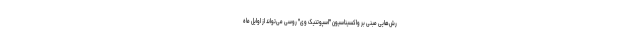
رش‌هایی مبنی بر واکسیناسیون "اسپوتنیک وی" روسی می‌تواند از اوایل ماه